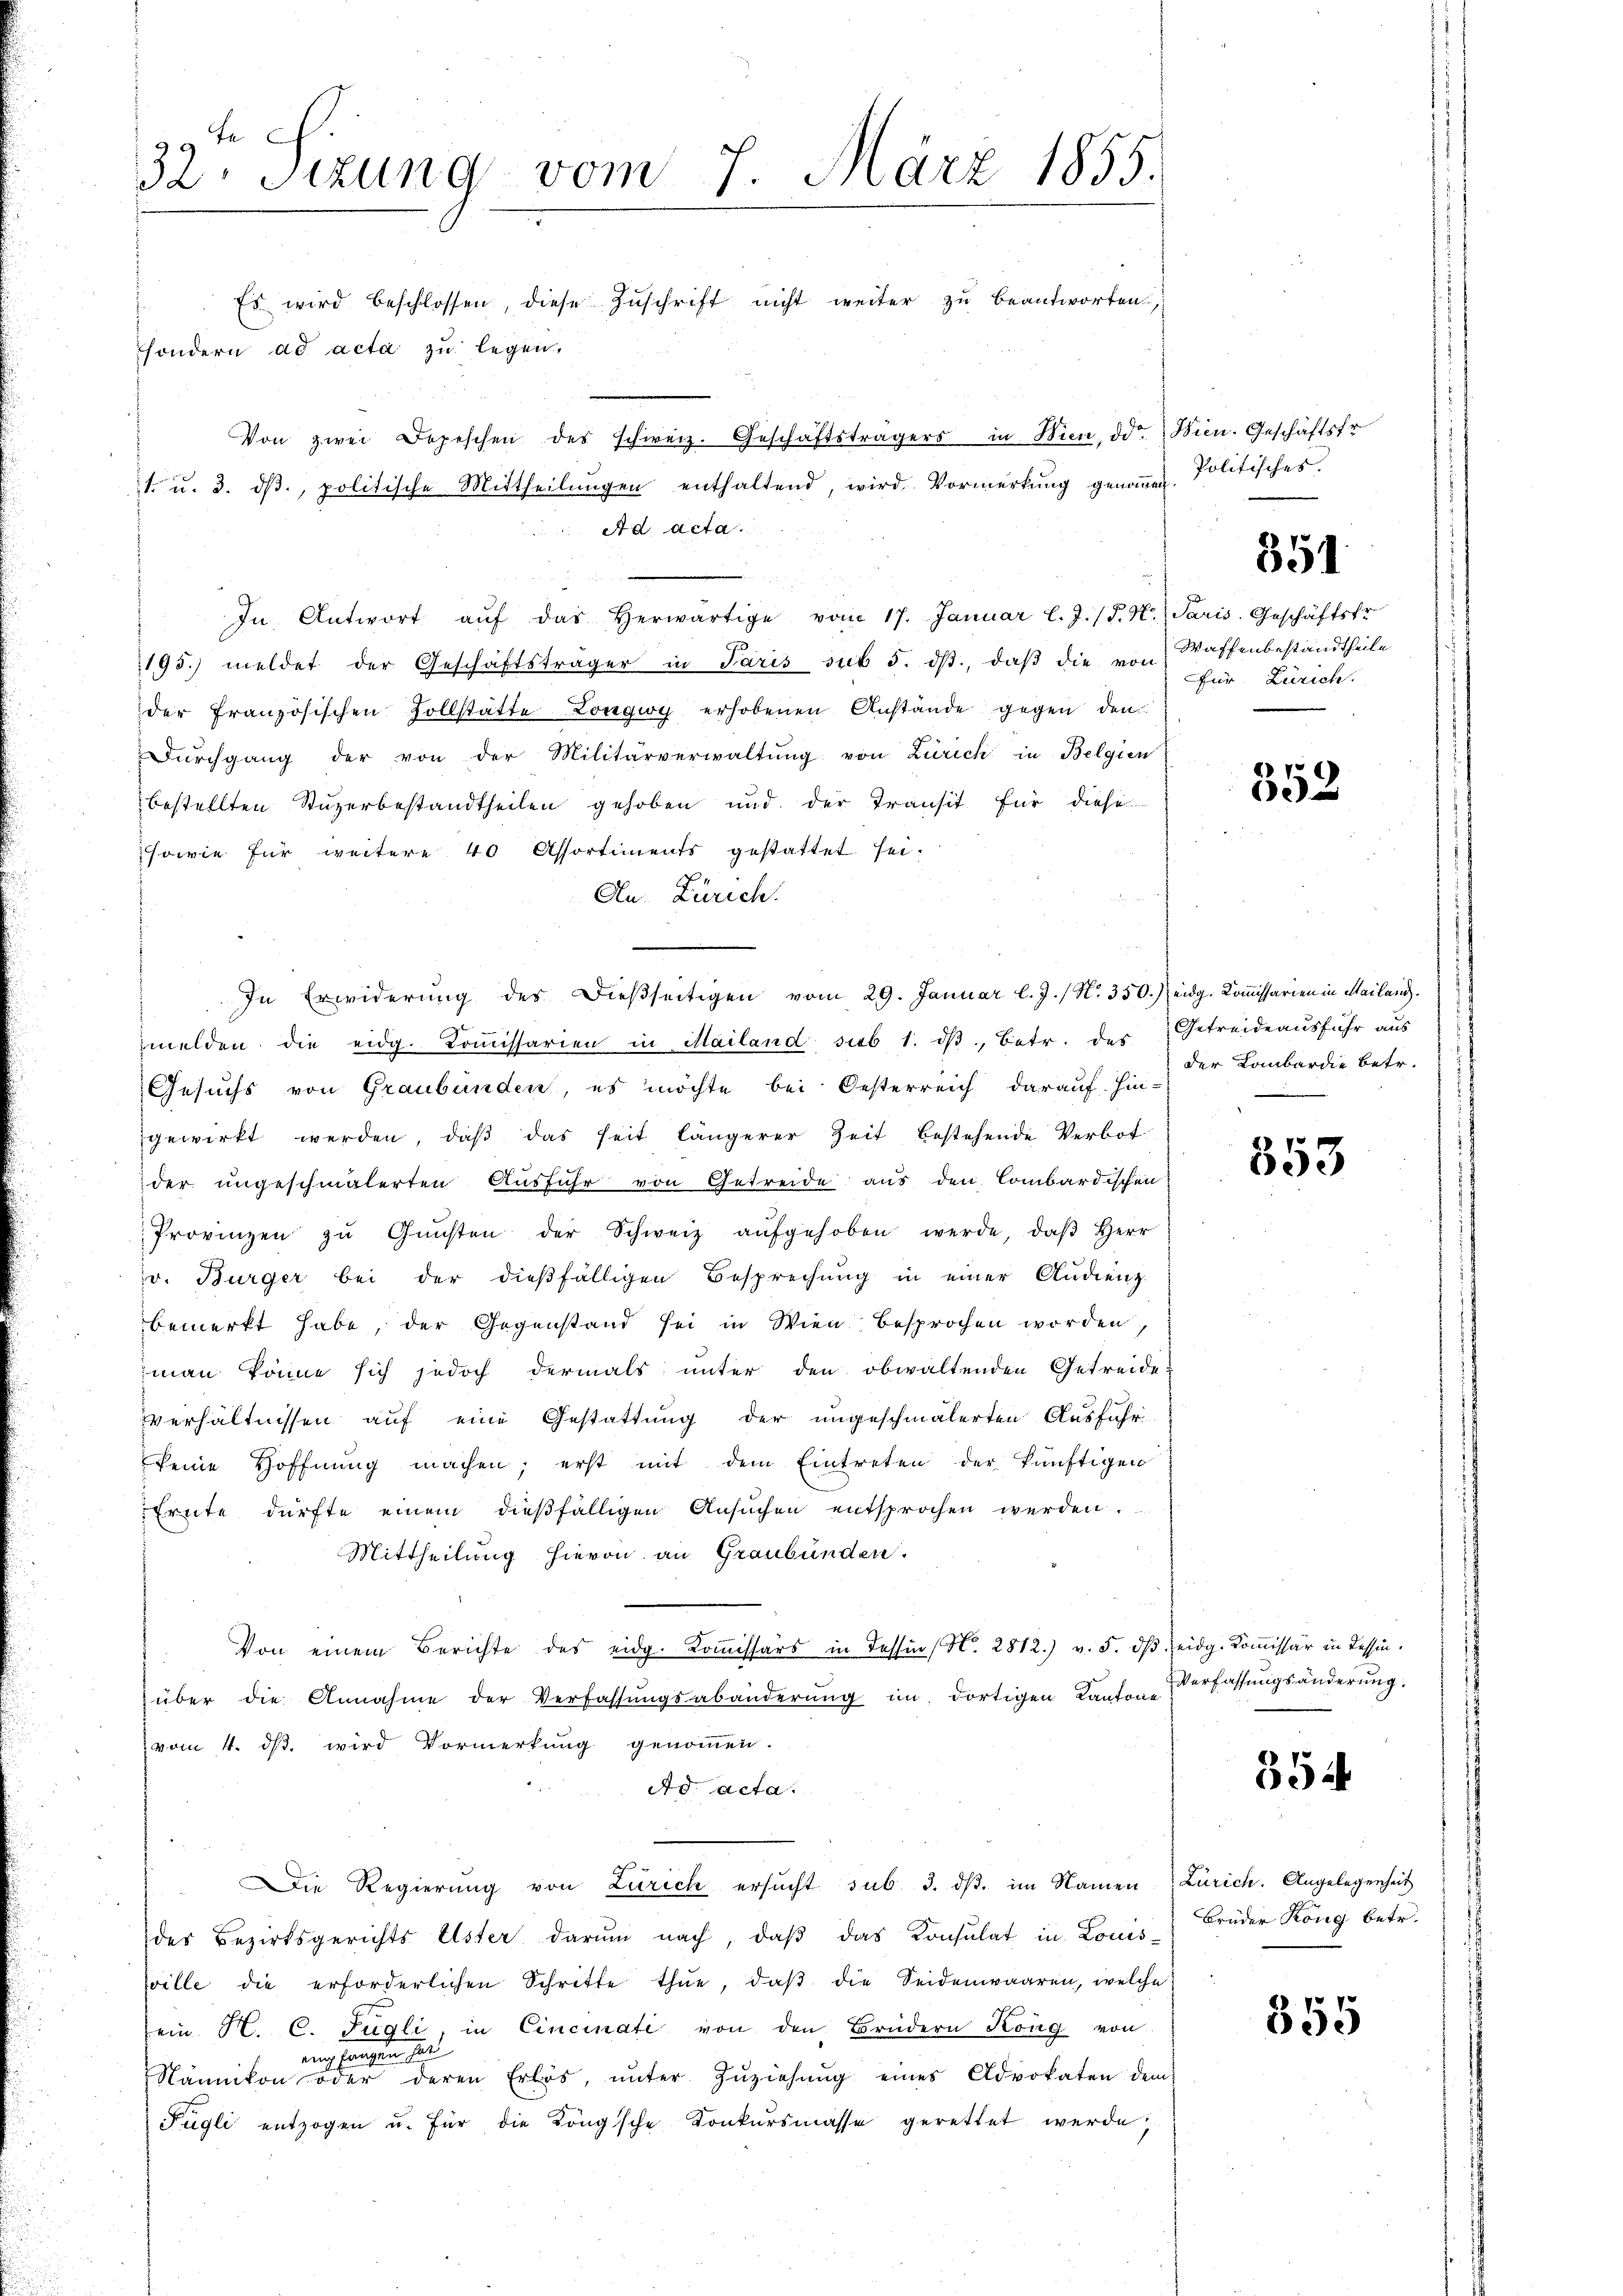
32. Sizung vom 7. März 1855.
e
Es wird beschlossen, diese Zuschrift nicht weiter zu beantworten,

In Antwort aŭf das herwärtige vom 17. Januar l. J. (T. K. Paris Geschäftsfr.
195. meldet der Geschäftsträger in Paris sub 5. ds., daβ die von Waffenbestandtheile
der französischen Zollstätte Longig erhobenen Anstände gegen den
Dŭrchgang der von der Militärverwaltŭng von Zürich in Belgien
bestellten Stuzerbestandtheilen gehoben und der Transit für diese
sowie für weitere 40 Assortiments gestattet sei.
An. Zürich.
In Erwiderung des dießseitigen vom 29. Januar l. J. / N. 350.) eidg. Kommissarien in Mailand.
melden die eidg. Koṁissarien in Mailand sieb 1. dβ, Betr. des Getreideausfuhr aus
Gesuchs von Graubünden, es möchte bei Oesterreich darauf hin-
gewirkt werden, daβ das seit längerer Zeit bestehende Verbot
der ungeschmälerten Ausführ von Getreide aus den Combardischen
Provinzen zŭ Gŭnsten der Schweiz aŭfgehoben werde, daβ Herr
v. Bürger bei der dießfälligen Besprechŭng in einer Audienz
bemerkt habe, der Gegenstand sei in Wien besprochen worden,
man könne sich jedoch dermals unter den obwaltenden Getreide
Verhältnissen auf eine Gestattung der ungeschmälerten Ausführ
keine Hoffnung machen; erst mit dem Eintreten der künftigen
Ernte dürfte einem dießfälligen Ansŭchen entsprochen werden.
Mittheilung hievon an Graubünden.
Von einem Berichte des eidg. Koṁissärs in Tessin, N. 2812. v. 5. dβ eidg. Kommissär in Tessin.
über die Annahme der Verfassungsabänderung im dortigen Kantone
vom 4. dß wird Vormerkung genommen.
Ad acta.
Die Regierŭng von Zürich ersŭcht sub. 3. dβ. im Namen Zürich. Angelegenheit
des Bezirksgerichts Uster darum nach, daß das Konsulat in Louis-
sville die erforderlichen Schritte thue, daβ die Seidenwaaren, welche
ein H. C. Fügli, in Cincinati von den Brüdern Köng von
rung fangen hat
Nänikon oder deren Erlös, ŭnter Zŭziehŭng eines Advokaten dem
Fügli entzogen u. für die Köngsche Konkursmasse gerettet werde;

sondern ad acta zu legen.
Von zwei Depeschen des schweiz. Geschäftsträgers in Wien, d. Wien. Geschäftsfr.
1. u. 3. dβ. politische Mittheilŭngen enthaltend, wird Vormerkŭng genoṁen
Ad acta.

Politisches.

351

Für Zürich.

352

der Lombardie betr.

353

Verfassungsänderung.

354

Brüder Köng betr.

355